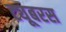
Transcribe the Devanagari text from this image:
ट्यूबरस